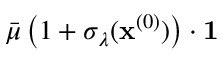
\bar { \mu } \, \big ( 1 + \sigma _ { \lambda } ( \mathbf { x } ^ { ( 0 ) } ) \big ) \cdot \mathbf { 1 }